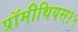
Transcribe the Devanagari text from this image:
प्रॉमीथियस१५